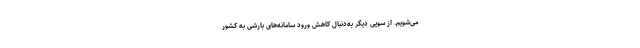
می‌شویم. از سویی دیگر به‌دنبال کاهش ورود سامانه‌های بارشی به کشور